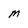
Character: M